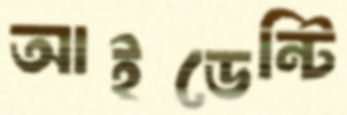
আইডেন্টি